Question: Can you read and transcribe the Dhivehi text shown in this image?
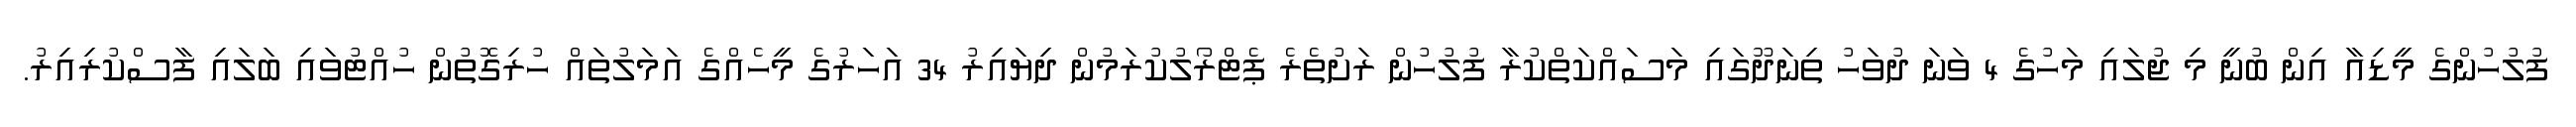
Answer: ފުލުހުންގެ މީޑިއާ އިން ބުނީ މި ޖުލައި މަހުގެ 4 ވަނަ ދުވަހު ތިނަދޫގައި މަސައްކަތްކުރާ ފުލުހުން ރަށުތެރެ ޕެޓްރޯލުކުރަމުން ދިޔައިރު 34 އަހަރުގެ މީހެއްގެ އަމަލުތައް ހުރިގޮތުން ހުއްޓުވައި ބަލައި ފާސްކުރިއިރު.